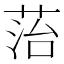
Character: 菭